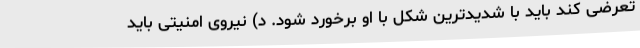
تعرضی کند باید با شدیدترین شکل با او برخورد شود. د) نیروی امنیتی باید